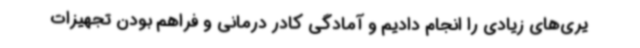
یری‌های زیادی را انجام دادیم و آمادگی کادر درمانی و فراهم بودن تجهیزات